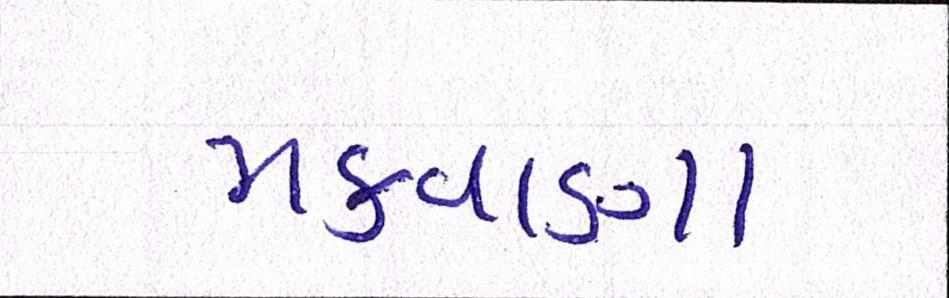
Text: મકવાણા